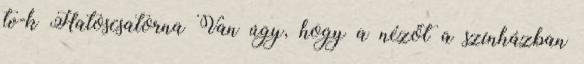
tv-k Hatoscsatorna Van úgy, hogy a nézőt a színházban